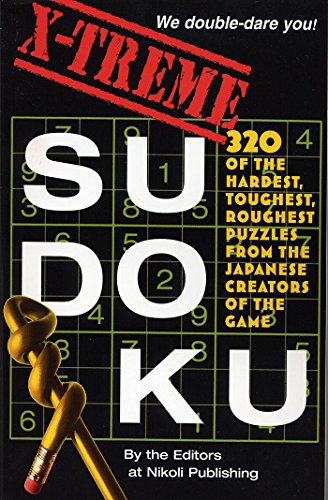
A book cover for X-Treme Sudoku; Editors of Nikoli Publishing; Humor & Entertainment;